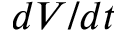
d V / d t